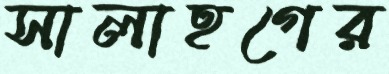
সালাহগের